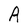
Character: A